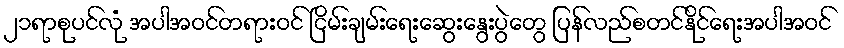
၂၁ရာစုပင်လုံ အပါအဝင်တရားဝင် ငြိမ်းချမ်းရေးဆွေးနွေးပွဲတွေ ပြန်လည်စတင်နိုင်ရေးအပါအဝင်